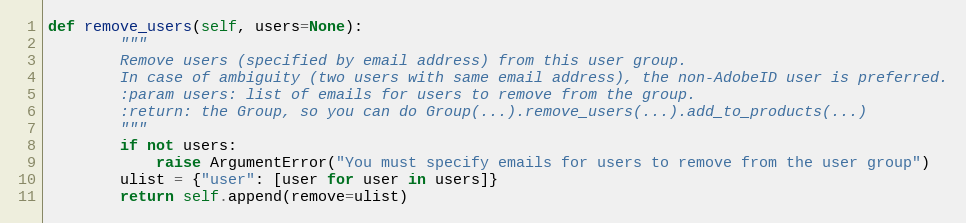
Language: Python
def remove_users(self, users=None):
        """
        Remove users (specified by email address) from this user group.
        In case of ambiguity (two users with same email address), the non-AdobeID user is preferred.
        :param users: list of emails for users to remove from the group.
        :return: the Group, so you can do Group(...).remove_users(...).add_to_products(...)
        """
        if not users:
            raise ArgumentError("You must specify emails for users to remove from the user group")
        ulist = {"user": [user for user in users]}
        return self.append(remove=ulist)